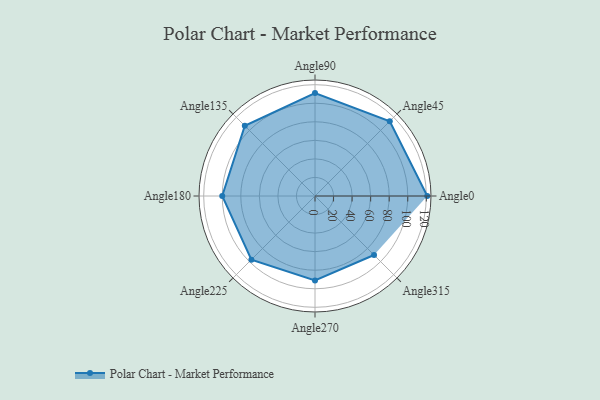
{"axis": {"x": "Angle", "y": "Radius"}, "legend": [""], "data": [{"x": "Angle0", "y": 121.0, "type": ""}, {"x": "Angle45", "y": 114.0, "type": ""}, {"x": "Angle90", "y": 111.0, "type": ""}, {"x": "Angle135", "y": 107.0, "type": ""}, {"x": "Angle180", "y": 100.0, "type": ""}, {"x": "Angle225", "y": 97.0, "type": ""}, {"x": "Angle270", "y": 91.0, "type": ""}, {"x": "Angle315", "y": 90.0, "type": ""}]}